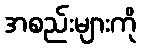
အစည်းများကို